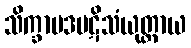
သိက္ခာပဒပဋိသံယုတ္တာယ